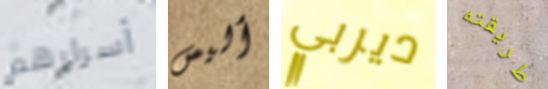
أسرارهم أليس ديربي طريقته